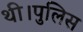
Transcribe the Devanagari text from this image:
थी।पुलिस